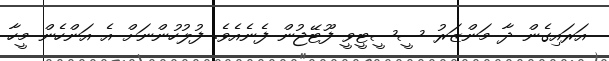
އަރައިގެން ދާ މަންޒަރު ސީސީޓީވީ ފޫޓޭޖުން ފެނެއެވެ. ފުލުހުންނަށް އެ އަންހެން މީހާ